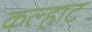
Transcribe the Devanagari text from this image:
कल्हाट